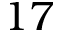
1 7